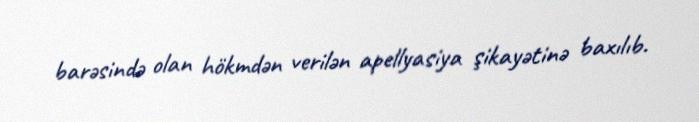
barəsində olan hökmdən verilən apellyasiya şikayətinə baxılıb.